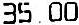
35.00